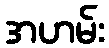
အဟမ်း